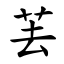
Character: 䒧